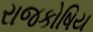
રાજકોષિય